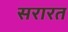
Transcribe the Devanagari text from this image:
सरारत